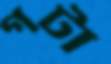
গটা